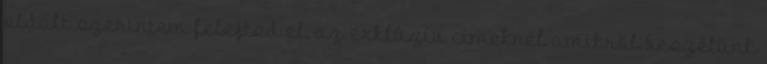
oldalt szerintem felejtsd el, az exklúzív címeknél amikről beszélünk